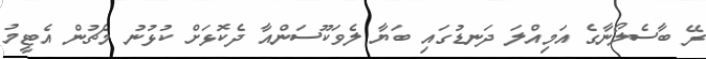
ރޭ ބާސެލޯނާގެ އަމިއްލަ ދަނޑުގައި ބަޔާ ލެވަކޫސަންއާ ދެކޮޅަށް ކުޅުނު މެޗުން އެޓީމު